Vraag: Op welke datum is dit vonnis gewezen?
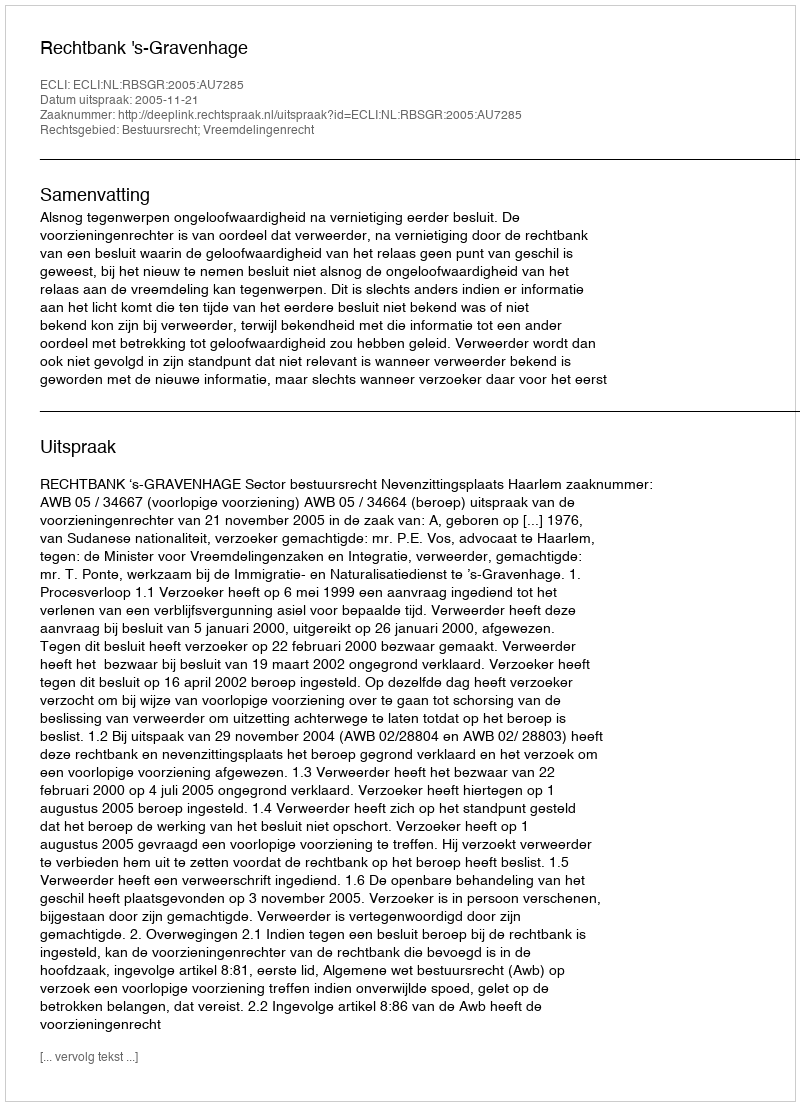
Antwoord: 2005-11-21